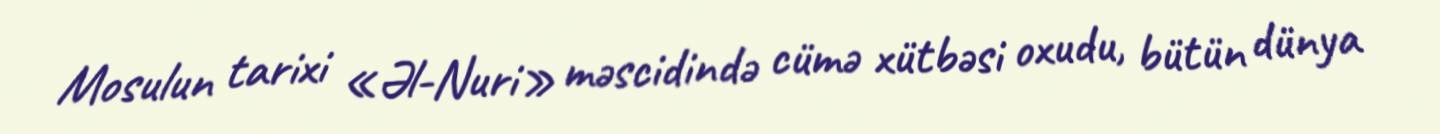
Mosulun tarixi «Əl-Nuri» məscidində cümə xütbəsi oxudu, bütün dünya